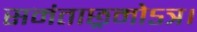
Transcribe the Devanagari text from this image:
समंताछ्रमोऽत्र।